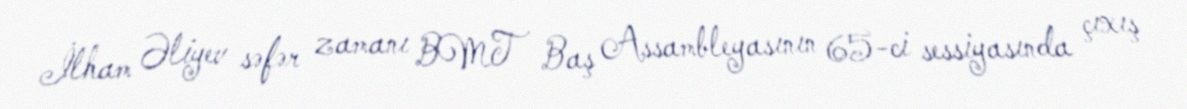
İlham Əliyev səfər zamanı BMT Baş Assambleyasının 65-ci sessiyasında çıxış